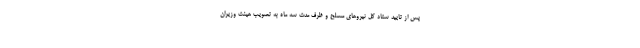
پس از تایید ستاد کل نیروهای مسلح و ظرف مدت سه ماه به تصویب هیئت وزیران